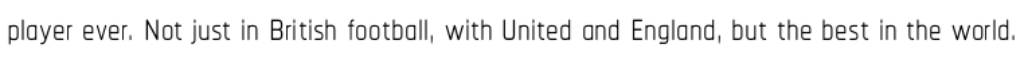
player ever. Not just in British football, with United and England, but the best in the world.